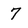
Character: 7